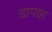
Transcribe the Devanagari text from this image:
डापाह